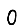
Digit: 0